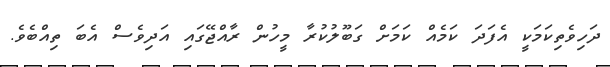
ދަހިވެތިކަމަކީ އެފަދަ ކަމެއް ކަމަށް ގަބޫލުކުރާ މީހުން ރާއްޖޭގައި އަދިވެސް އެބަ ތިއްބެވެ.